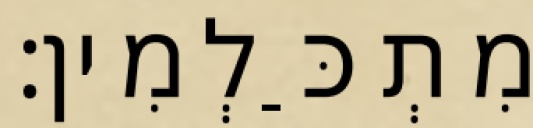
מִתְכַּלְמִין׃